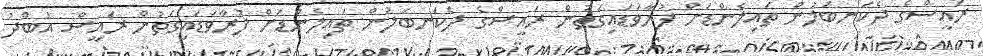
ރައީސްގެ ދެކަނބަލުން ތައިލެންޑަށް ފުރާވަޑައިގަތުން ރައީސްގެ ދެކަނބަލުން ތައިލެންޑަށް ފުރާވަޑައިގަތުން ރައީސް އަބްދު